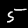
Digit: 5